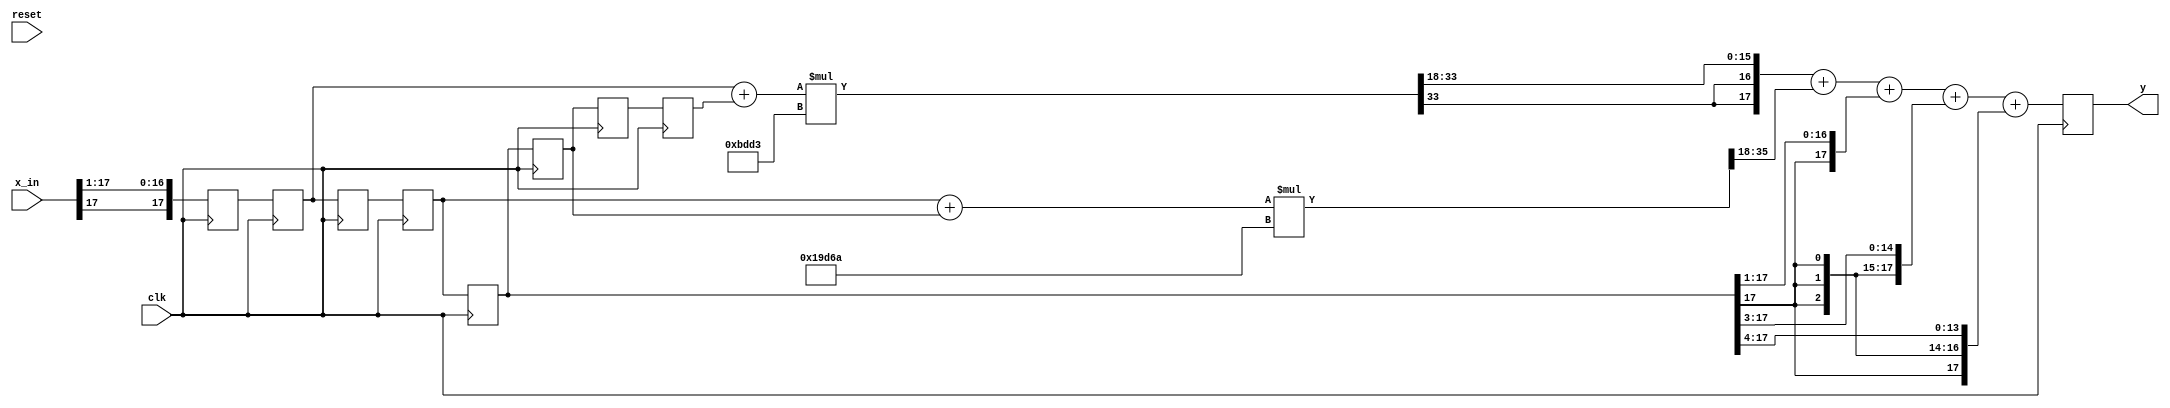
module half_band_filter_2(
        input clk,
		input reset,
		input signed [17:0] x_in,
		output reg signed [17:0] y 
);
reg signed [17:0] b,b1;
reg signed [17:0] x[8:0];
reg signed [35:0] mult_out[1:0];
reg signed [17:0] sum_1, sum_2;
integer i;



always @ (posedge clk)
x[0] <= {x_in[17],x_in[17:1]};

always @ (posedge clk)
for(i = 1; i < 9; i = i +1)
x[i]<= x[i-1];

always @ *
sum_1 <= x[1]+x[7];

always @ *
sum_2 <= x[3]+x[5];



always @ *
mult_out[0] <= sum_2*b1;

always @ *
mult_out[1] <= sum_1*b;


always @ *
b <= -18'sd16941;

always @ *
b1 <= 18'sd105834;




always @ (posedge clk)
y <= mult_out[1][35:18] + mult_out[0][35:18] + $signed({x[4][17],x[4][17:1]})+$signed({{3{x[4][17]}},x[4][17:3]})+$signed({{4{x[4][17]}},x[4][17:4]});






endmodule